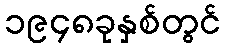
၁၉၄၈ခုနှစ်တွင်